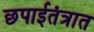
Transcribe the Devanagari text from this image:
छपाईतंत्रात